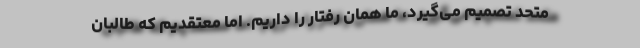
متحد تصمیم می‌گیرد، ما همان رفتار را داریم. اما معتقدیم که طالبان